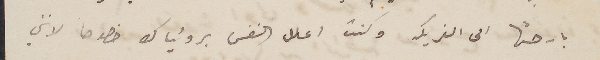
بارحتها الى الفريكه وكنت اعلل النفس برؤياك خصوصاً لانني